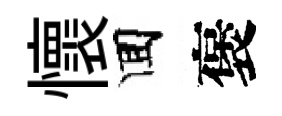
懷囬褒